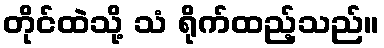
တိုင်ထဲသို့ သံ ရိုက်ထည့်သည်။